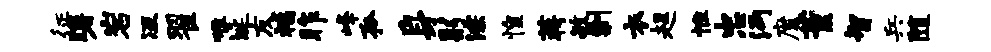
征曙岩冱翟唯埏友福昨峰孤身躬淙惶蒋毓剿衣趄惟忠沔魔董智兵随